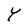
Character: Y